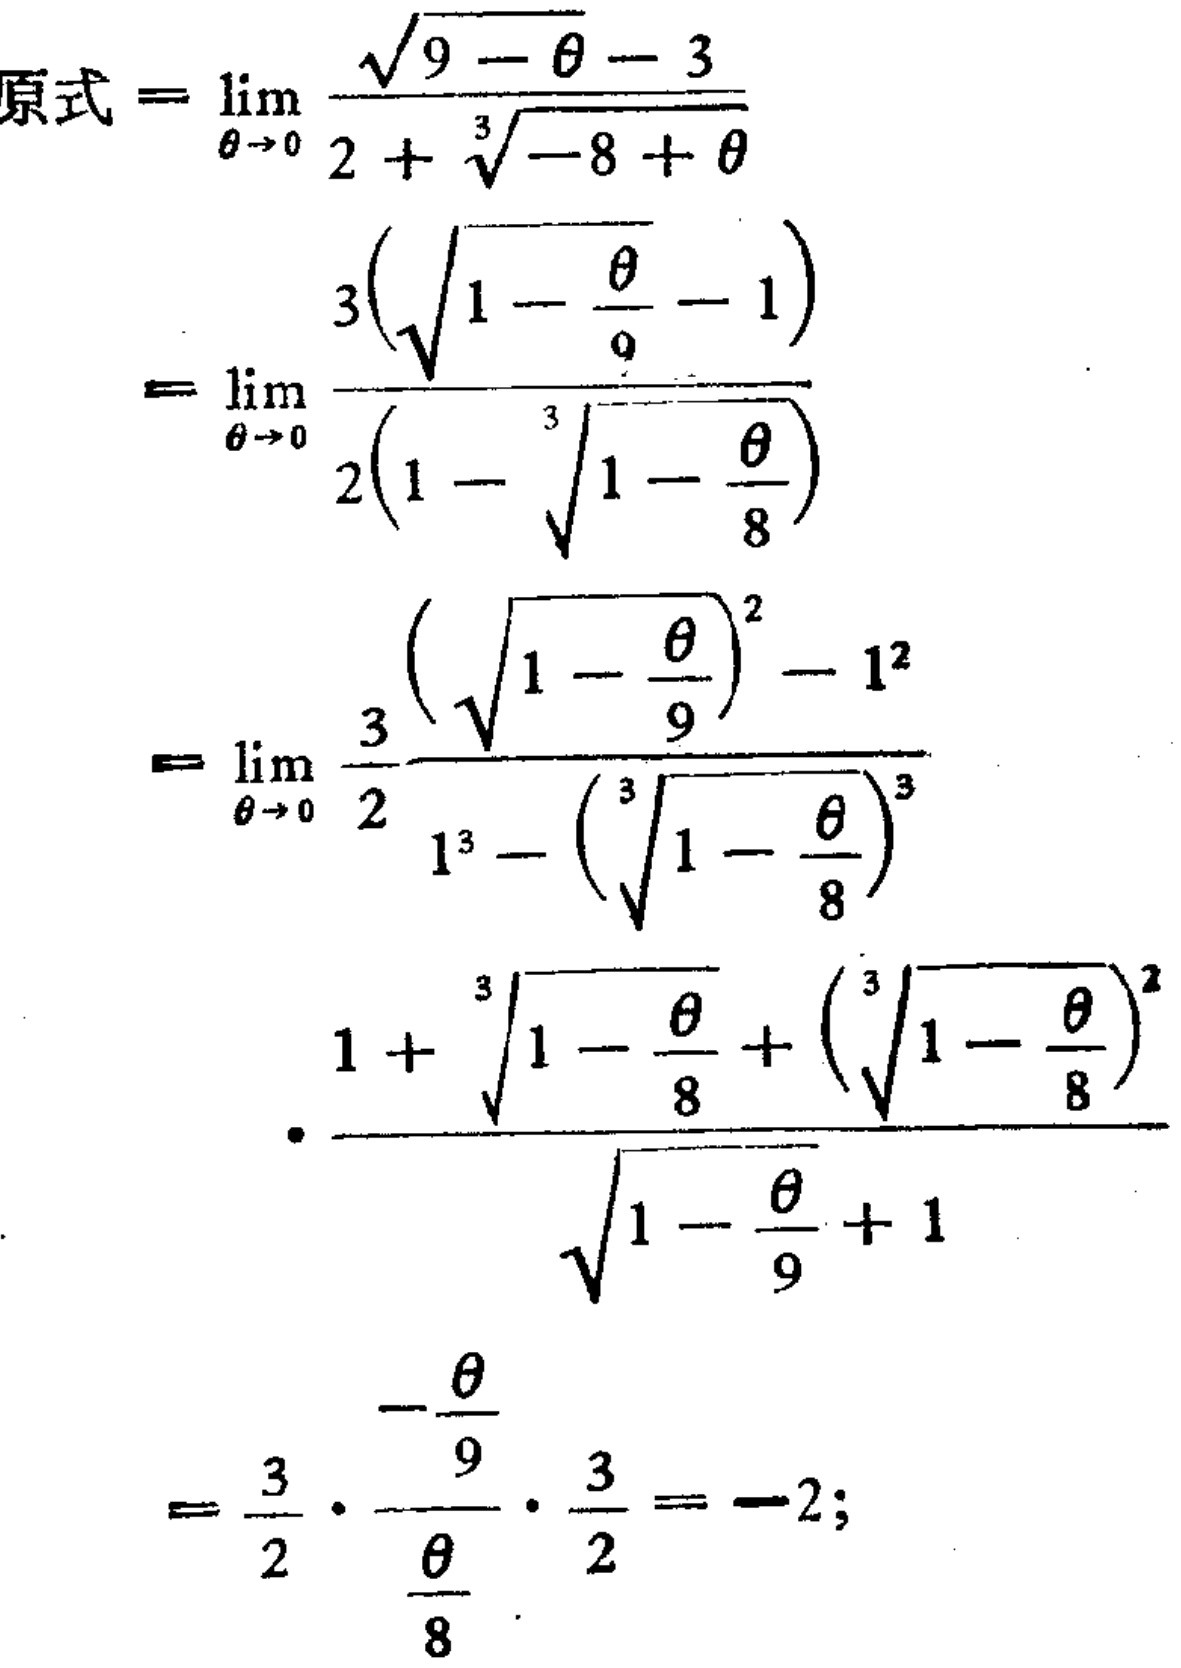
\[
\begin{align*}
原式&=\lim_{\theta \to 0} \frac{\sqrt{9 - \theta}-3}{2+\sqrt[3]{-8 + \theta}}\\
&=\lim_{\theta \to 0} \frac{3\left(\sqrt{1-\frac{\theta}{9}} - 1\right)}{2\left(1-\sqrt[3]{1-\frac{\theta}{8}}\right)}\\
&=\lim_{\theta \to 0} \frac{3}{2}\frac{\left(\sqrt{1-\frac{\theta}{9}}\right)^2 - 1^2}{1^3-\left(\sqrt[3]{1-\frac{\theta}{8}}\right)^3}\\
&\cdot\frac{1 + \sqrt[3]{1-\frac{\theta}{8}}+\left(\sqrt[3]{1-\frac{\theta}{8}}\right)^2}{\sqrt{1-\frac{\theta}{9}}+1}\\
&=\frac{3}{2}\cdot\frac{-\frac{\theta}{9}}{\frac{\theta}{8}}\cdot\frac{3}{2}=-2;
\end{align*}
\]